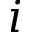
i